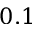
0 . 1